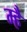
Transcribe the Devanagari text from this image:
म्है